Indian journal of veterinary science and animal husbandry - Volume 8,
Year: 1938
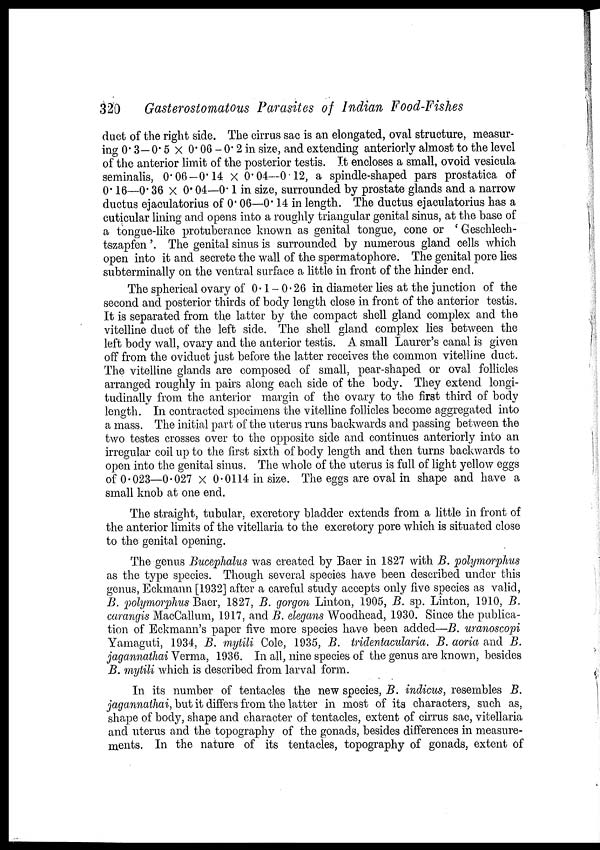
320
Gasterostomatous Parasites of Indian Food-Fishes
duct of the right side. The cirrus sac is an elongated, oval structure, measur-
ing 0.3—0.5 × 0.06 - 0.2 in size, and extending anteriorly almost to the level
of the anterior limit of the posterior testis. It encloses a small, ovoid vesicula
seminalis, 0.06—0.14 × 0.04—0.12, a spindle-shaped pars prostatica of
0.16—0.36 × 0.04—0.1 in size, surrounded by prostate glands and a narrow
ductus ejaculatorius of 0.06—0.14 in length. The ductus ejaculatorius has a
cuticular lining and opens into a roughly triangular genital sinus, at the base of
a tongue-like protuberance known as genital tongue, cone or ' Geschlech¬
tszapfen'. The genital sinus is surrounded by numerous gland cells which
open into it and secrete the wall of the spermatophore. The genital pore lies
subterminally on the ventral surface a little in front of the hinder end.
The spherical ovary of 0.1-0.26 in diameter lies at the junction of the
second and posterior thirds of body length close in front of the anterior testis.
It is separated from the latter by the compact shell gland complex and the
vitelline duct of the left side. The shell gland complex lies between the
left body wall, ovary and the anterior testis. A small Laurer's canal is given
off from the oviduct just before the latter receives the common vitelline duct.
The vitelline glands are composed of small, pear-shaped or oval follicles
arranged roughly in pairs along each side of the body. They extend longi-
tudinally from the anterior margin of the ovary to the first third of body
length. In contracted specimens the vitelline follicles become aggregated into
a mass. The initial part of the uterus runs backwards and passing between the
two testes crosses over to the opposite side and continues anteriorly into an
irregular coil up to the first sixth of body length and then turns backwards to
open into the genital sinus. The whole of the uterus is full of light yellow eggs
of 0.023—0.027 x 0.0114 in size. The eggs are oval in shape and have a
small knob at one end.
The straight, tubular, excretory bladder extends from a little in front of
the anterior limits of the vitellaria to the excretory pore which is situated close
to the genital opening.
The genus Bucephalus was created by Baer in 1827 with B. polymorphus
as the type species. Though several species have been described under this
genus, Eckmann [1932] after a careful study accepts only five species as valid,
B. polymorphus Baer, 1827, B. gorgon Linton, 1905, B. sp. Linton, 1910, B.
carangis MacCallum, 1917, and B. elegans Woodhead, 1930. Since the publica-
tion of Eckmann's paper five more species have been added—B. uranoscopi
Yamaguti, 1934, B. mytili Cole, 1935, B. tridentacularia. B. aoria and B.
jagannathai Verma, 1936. In all, nine species of the genus are known, besides
B. mytili which is described from larval form.
In its number of tentacles the new species, B. indicus, resembles B.
jagannathai, but it differs from the latter in most of its characters, such as,
shape of body, shape and character of tentacles, extent of cirrus sac, vitellaria
and uterus and the topography of the gonads, besides differences in measure-
ments. In the nature of its tentacles, topography of gonads, extent of